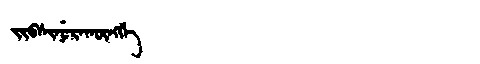
Manchu: ᠵᡳᠪᠰᡳᠨᡠᡵᠠᡴᡡᠩᡤᡝ
Romanization: JIBSINURAKŪNGGE